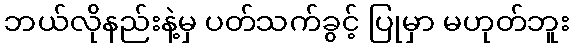
ဘယ်လိုနည်းနဲ့မှ ပတ်သက်ခွင့် ပြုမှာ မဟုတ်ဘူး